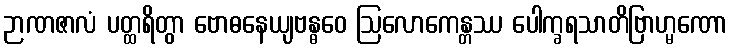
ဉာဏဇာလံ ပတ္ထရိတွာ ဗောဓနေယျဗန္ဓဝေ ဩလောကေန္တဿ ပေါက္ခရသာတိဗြာဟ္မဏော